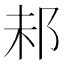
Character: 𨚘